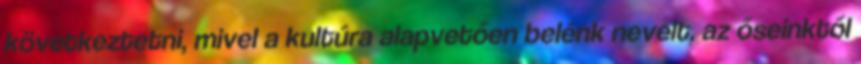
következtetni, mivel a kultúra alapvetően belénk nevelt, az őseinktől